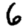
Digit: 6